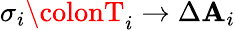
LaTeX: \sigma_{i}\colonT_{i}\rightarrow\Delta\mathbf{A}_{i}